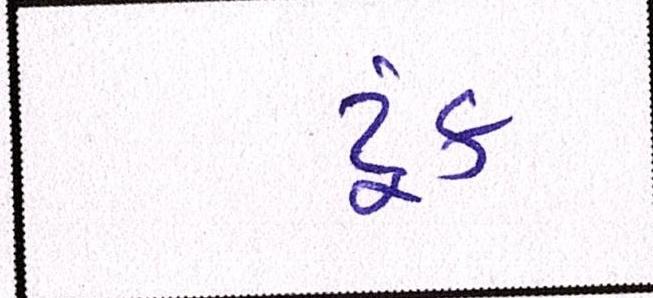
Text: ટૂંક